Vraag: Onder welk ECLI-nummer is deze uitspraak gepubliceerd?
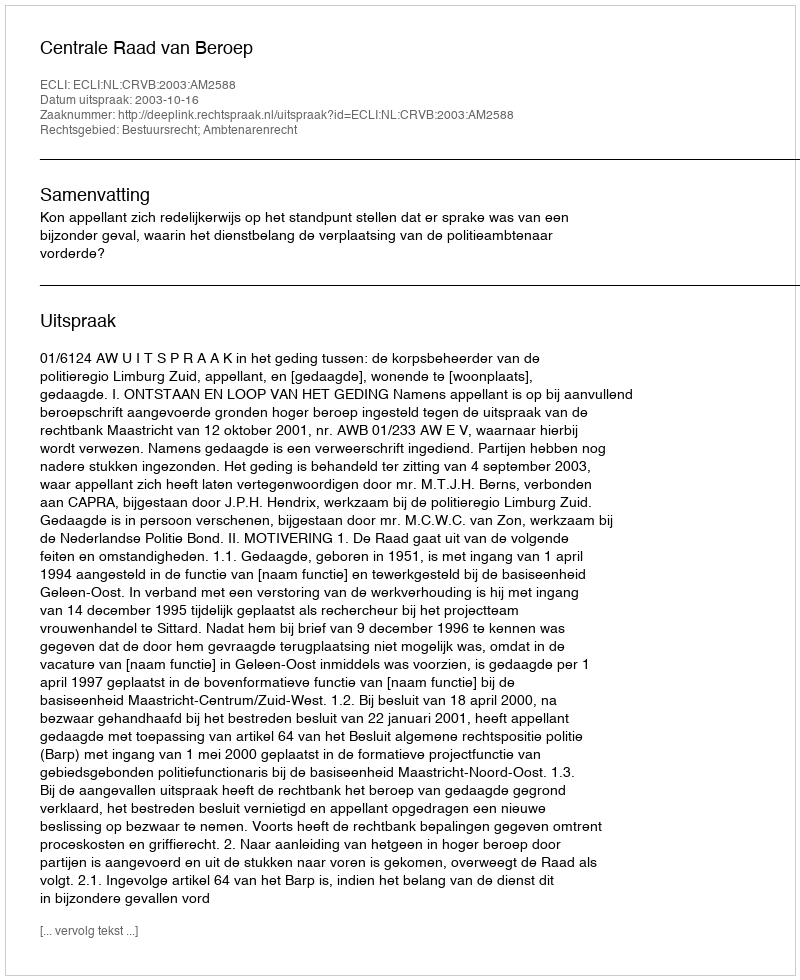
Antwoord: ECLI:NL:CRVB:2003:AM2588